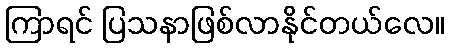
ကြာရင် ပြသနာဖြစ်လာနိုင်တယ်လေ။